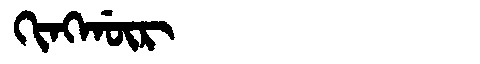
Manchu: ᡴᡳᠩᡤᡡᡵ
Romanization: KINGGŪR